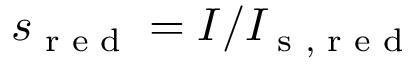
s _ { \textnormal { r e d } } = I / I _ { \textnormal { s , r e d } }